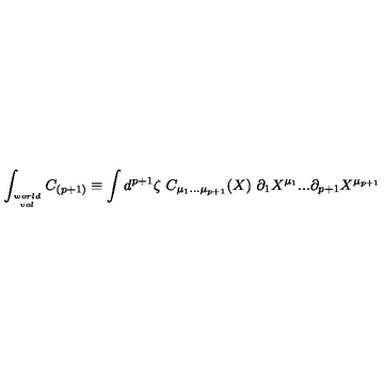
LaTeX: \int _ { w o r l d \atop v o l } C _ { ( p + 1 ) } \equiv \int d ^ { p + 1 } \zeta \ C _ { \mu _ { 1 } . . . \mu _ { p + 1 } } ( X ) \ \partial _ { 1 } X ^ { \mu _ { 1 } } . . . \partial _ { { p + 1 } } X ^ { \mu _ { p + 1 } }